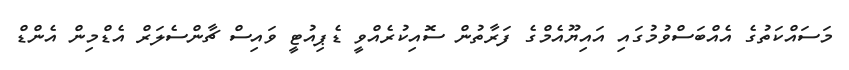
މަސައްކަތުގެ އެއްބަސްވުމުގައި އައިޔޫއެމްގެ ފަރާތުން ސޮއިކުރެއްވީ ޑެޕިއުޓީ ވައިސް ޗާންސެލަރް އެޑްމިން އެންޑް